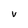
Character: V